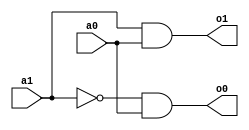
module ram(a1, a0, o1, o0);

input a1;
input a0;
output o1;
output o0;
wire [2:0] w;

//−−−−−−----−-−−−−−−Instructions---−−−−−−−−−−−−−−−--−−−
/*
Instructions:
INC: 00
JNO: 01
HLT: 10
in1: INC
in2: JNO
in3: 00
in4: HLT
*/

// o1
and a1(o1, a1, a0);

//o0
and a2(o0, ~a1, a0);

endmodule